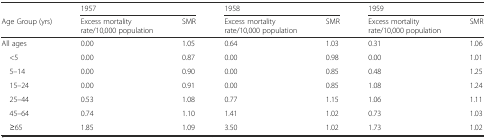
<table><thead><tr><td></td><td colspan="2"><b>1957</b></td><td colspan="2"><b>1958</b></td><td colspan="2"><b>1959</b></td></tr><tr><td><b>Age Group (yrs)</b></td><td><b>Excess mortality rate/10,000 population</b></td><td><b>SMR</b></td><td><b>Excess mortality rate/10,000 population</b></td><td><b>SMR</b></td><td><b>Excess mortality rate/10,000 population</b></td><td><b>SMR</b></td></tr></thead><tbody><tr><td>All ages</td><td>0.00</td><td>1.05</td><td>0.64</td><td>1.03</td><td>0.31</td><td>1.06</td></tr><tr><td> &lt;5</td><td>0.00</td><td>0.87</td><td>0.00</td><td>0.98</td><td>0.00</td><td>1.01</td></tr><tr><td> 5–14</td><td>0.00</td><td>0.90</td><td>0.00</td><td>0.85</td><td>0.48</td><td>1.25</td></tr><tr><td> 15–24</td><td>0.00</td><td>0.91</td><td>0.00</td><td>0.85</td><td>1.08</td><td>1.24</td></tr><tr><td> 25–44</td><td>0.53</td><td>1.08</td><td>0.77</td><td>1.15</td><td>1.06</td><td>1.11</td></tr><tr><td> 45–64</td><td>0.74</td><td>1.10</td><td>1.41</td><td>1.02</td><td>0.73</td><td>1.03</td></tr><tr><td> ≥65</td><td>1.85</td><td>1.09</td><td>3.50</td><td>1.02</td><td>1.73</td><td>1.02</td></tr></tbody></table>